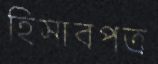
হিসাবপত্র